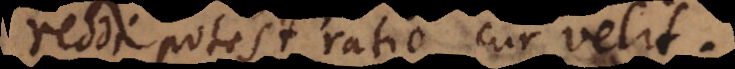
reddi potest ratio cur velit.